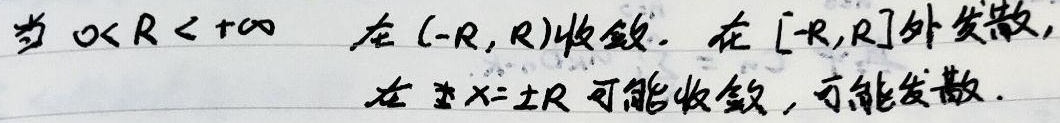
当\(0 < R < +\infty\)时，在\((-R,R)\)收敛，在\([-R,R]\)外发散，在\(x = \pm R\)处可能收敛，可能发散。